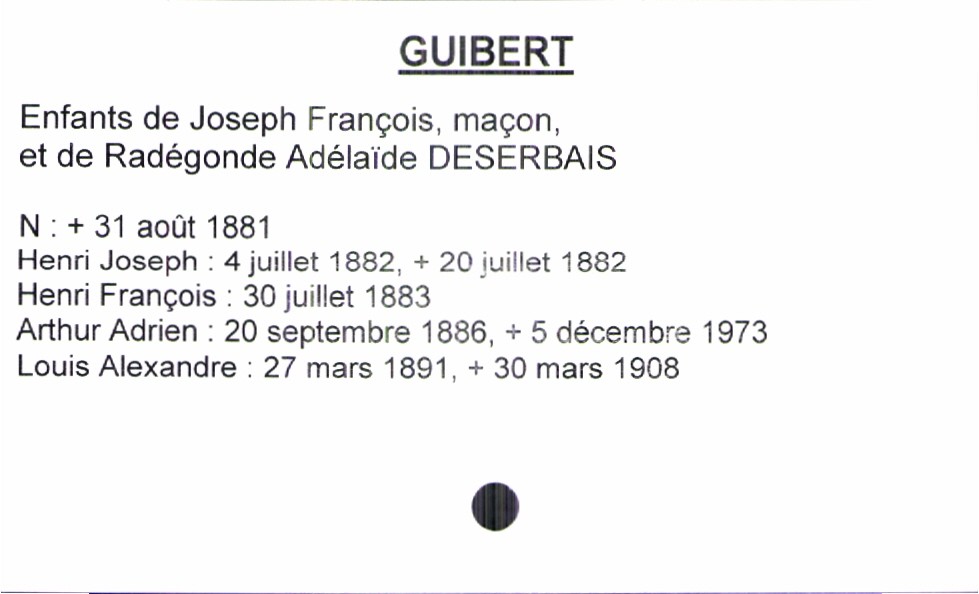
type_acte: Baptême
observations: enfant 1 : mort né
filiation: fils
enfant_prénom: Louis Alexandre
enfant_date_de_naissance: 27 mars 1891
enfant_date_de_décès: 30 mars 1908
père_enfant_nom: Guibert
père_enfant_prénom: Joseph François
père_enfant_profession: maçon
mère_enfant_nom: Deserbais
mère_enfant_prénom: Radégonde Adélaïde